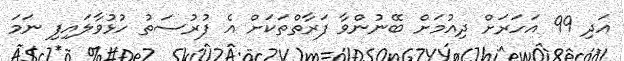
އަދި 99 އަހަރަށް ދިއުމަށް ބޭނުންވާ ފަރާތްތަކަށް އެ ފުރުސަތު ހުޅުވާލައިފި ނަމަ